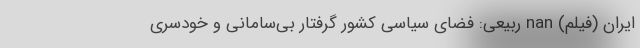
ایران (فیلم) nan ربیعی: فضای سیاسی کشور گرفتار بی‌سامانی و خودسری